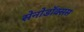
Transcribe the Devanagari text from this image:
सेनोडॉक्सस